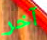
آخر